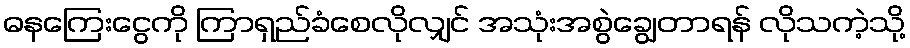
ဓနကြေးငွေကို ကြာရှည်ခံစေလိုလျှင် အသုံးအစွဲချွေတာရန် လိုသကဲ့သို့